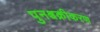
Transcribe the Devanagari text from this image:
पुनश्चक्रीकरण